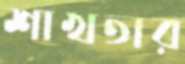
শাখতার